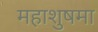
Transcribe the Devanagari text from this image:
महाशुषमा